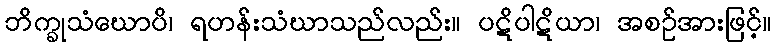
ဘိက္ခုသံဃောပိ၊ ရဟန်းသံဃာသည်လည်း။ ပဋိပါဋိယာ၊ အစဉ်အားဖြင့်။